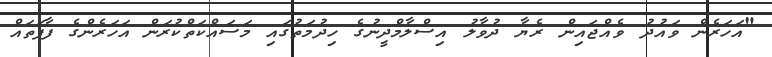
"އަހަރެން ވައުދު ވެއްޖައިން ރެޔާ ދުވާލު އިސްލާމްދީނުގެ ހިދުމަތުގައި މަސައްކަތްކުރަން އަހަރެންގެ ފާފަތައް